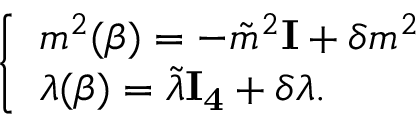
\left\{ \begin{array} { l l } { { m ^ { 2 } ( \beta ) = - \tilde { m } ^ { 2 } { \bf I } + \delta m ^ { 2 } } } \\ { { \lambda ( \beta ) = \tilde { \lambda } { \bf I _ { 4 } } + \delta \lambda . } } \end{array} \right.